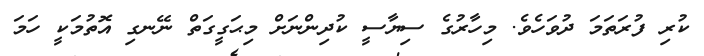
ކުރި ފުރަތަމަ ދުވަހެެވެ. މިހާރުގެ ސިޔާސީ ކުދިންނަށް މިޙަގީގަތް ނޭނގި އޮތުމަކީ ހަމަ